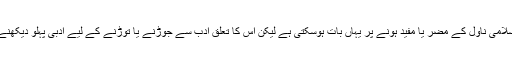
ناول اور اسلامی ناول کے مضر یا مفید ہونے پر یہاں بات ہوسکتی ہے لیکن اس کا تعلق ادب سے جوڑنے یا توڑنے کے لیے ادبی پہلو دیکھنے ہوں گے۔